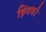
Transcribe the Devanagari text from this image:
झ्विकी